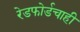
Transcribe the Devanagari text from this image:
रेडफोर्डचाही